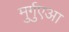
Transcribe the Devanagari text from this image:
मुर्गुएआ